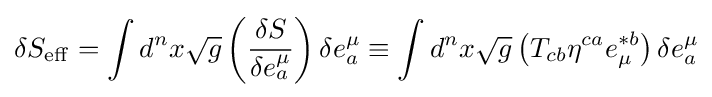
\delta S_{\rm {eff}}=\int d^{n}x{\sqrt {g}}\left({\frac {\delta S}{\delta e_{a}^{\mu }}}\right)\delta e_{a}^{\mu }\equiv \int d^{n}x{\sqrt {g}}\left(T_{cb}\eta ^{ca}e_{\mu }^{*b}\right)\delta e_{a}^{\mu }